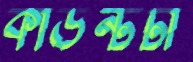
কাউন্টটা